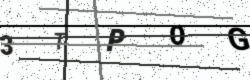
Text: 3TPOG